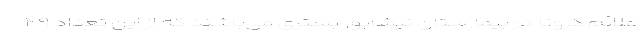
علائم کرونا در بیمارستان نیشابور بستری می‌باشند که از این تعداد ۴۹